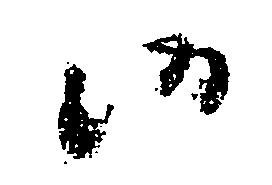
候